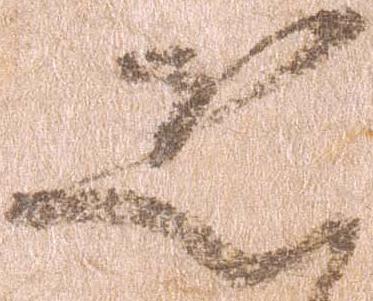
恐